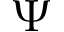
\Psi